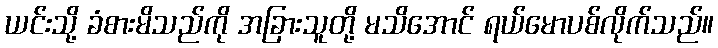
ယင်းသို့ ခံစားမိသည်ကို အခြားသူတို့ မသိအောင် ရယ်မောပစ်လိုက်သည်။